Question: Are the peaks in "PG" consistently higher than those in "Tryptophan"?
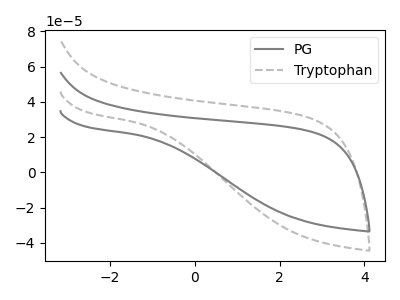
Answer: <think>The gray curve "PG" has no peaks. The gray dashed curve "Tryptophan" has no peaks.</think>
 <answer>Niether CV has any peaks.</answer>
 <eval>blanks</eval>